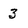
Character: 3